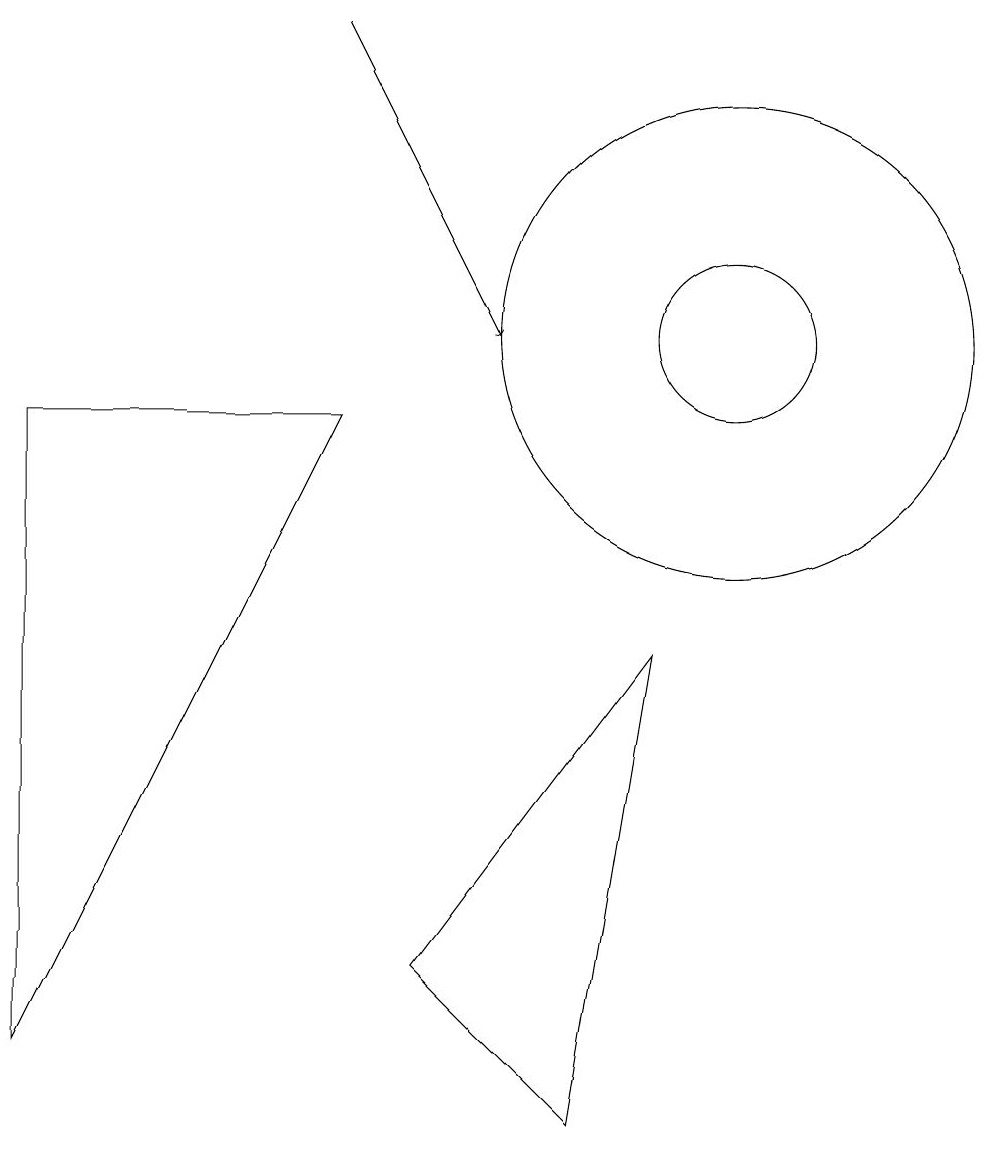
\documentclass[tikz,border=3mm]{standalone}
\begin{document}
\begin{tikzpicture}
\draw (10,10) circle (1);
\draw (1,1) -- (5,9) -- (1,9) -- cycle;
\draw (9,6) -- (6,2) -- (8,0) -- cycle;
\draw[->] (5,14) -- (7,10);
\draw (10,10) circle (3);
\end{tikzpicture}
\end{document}